255_413270_UFO's_and_Defense_What_Should_we_Prepare_For
Agency: NASA
Page 69
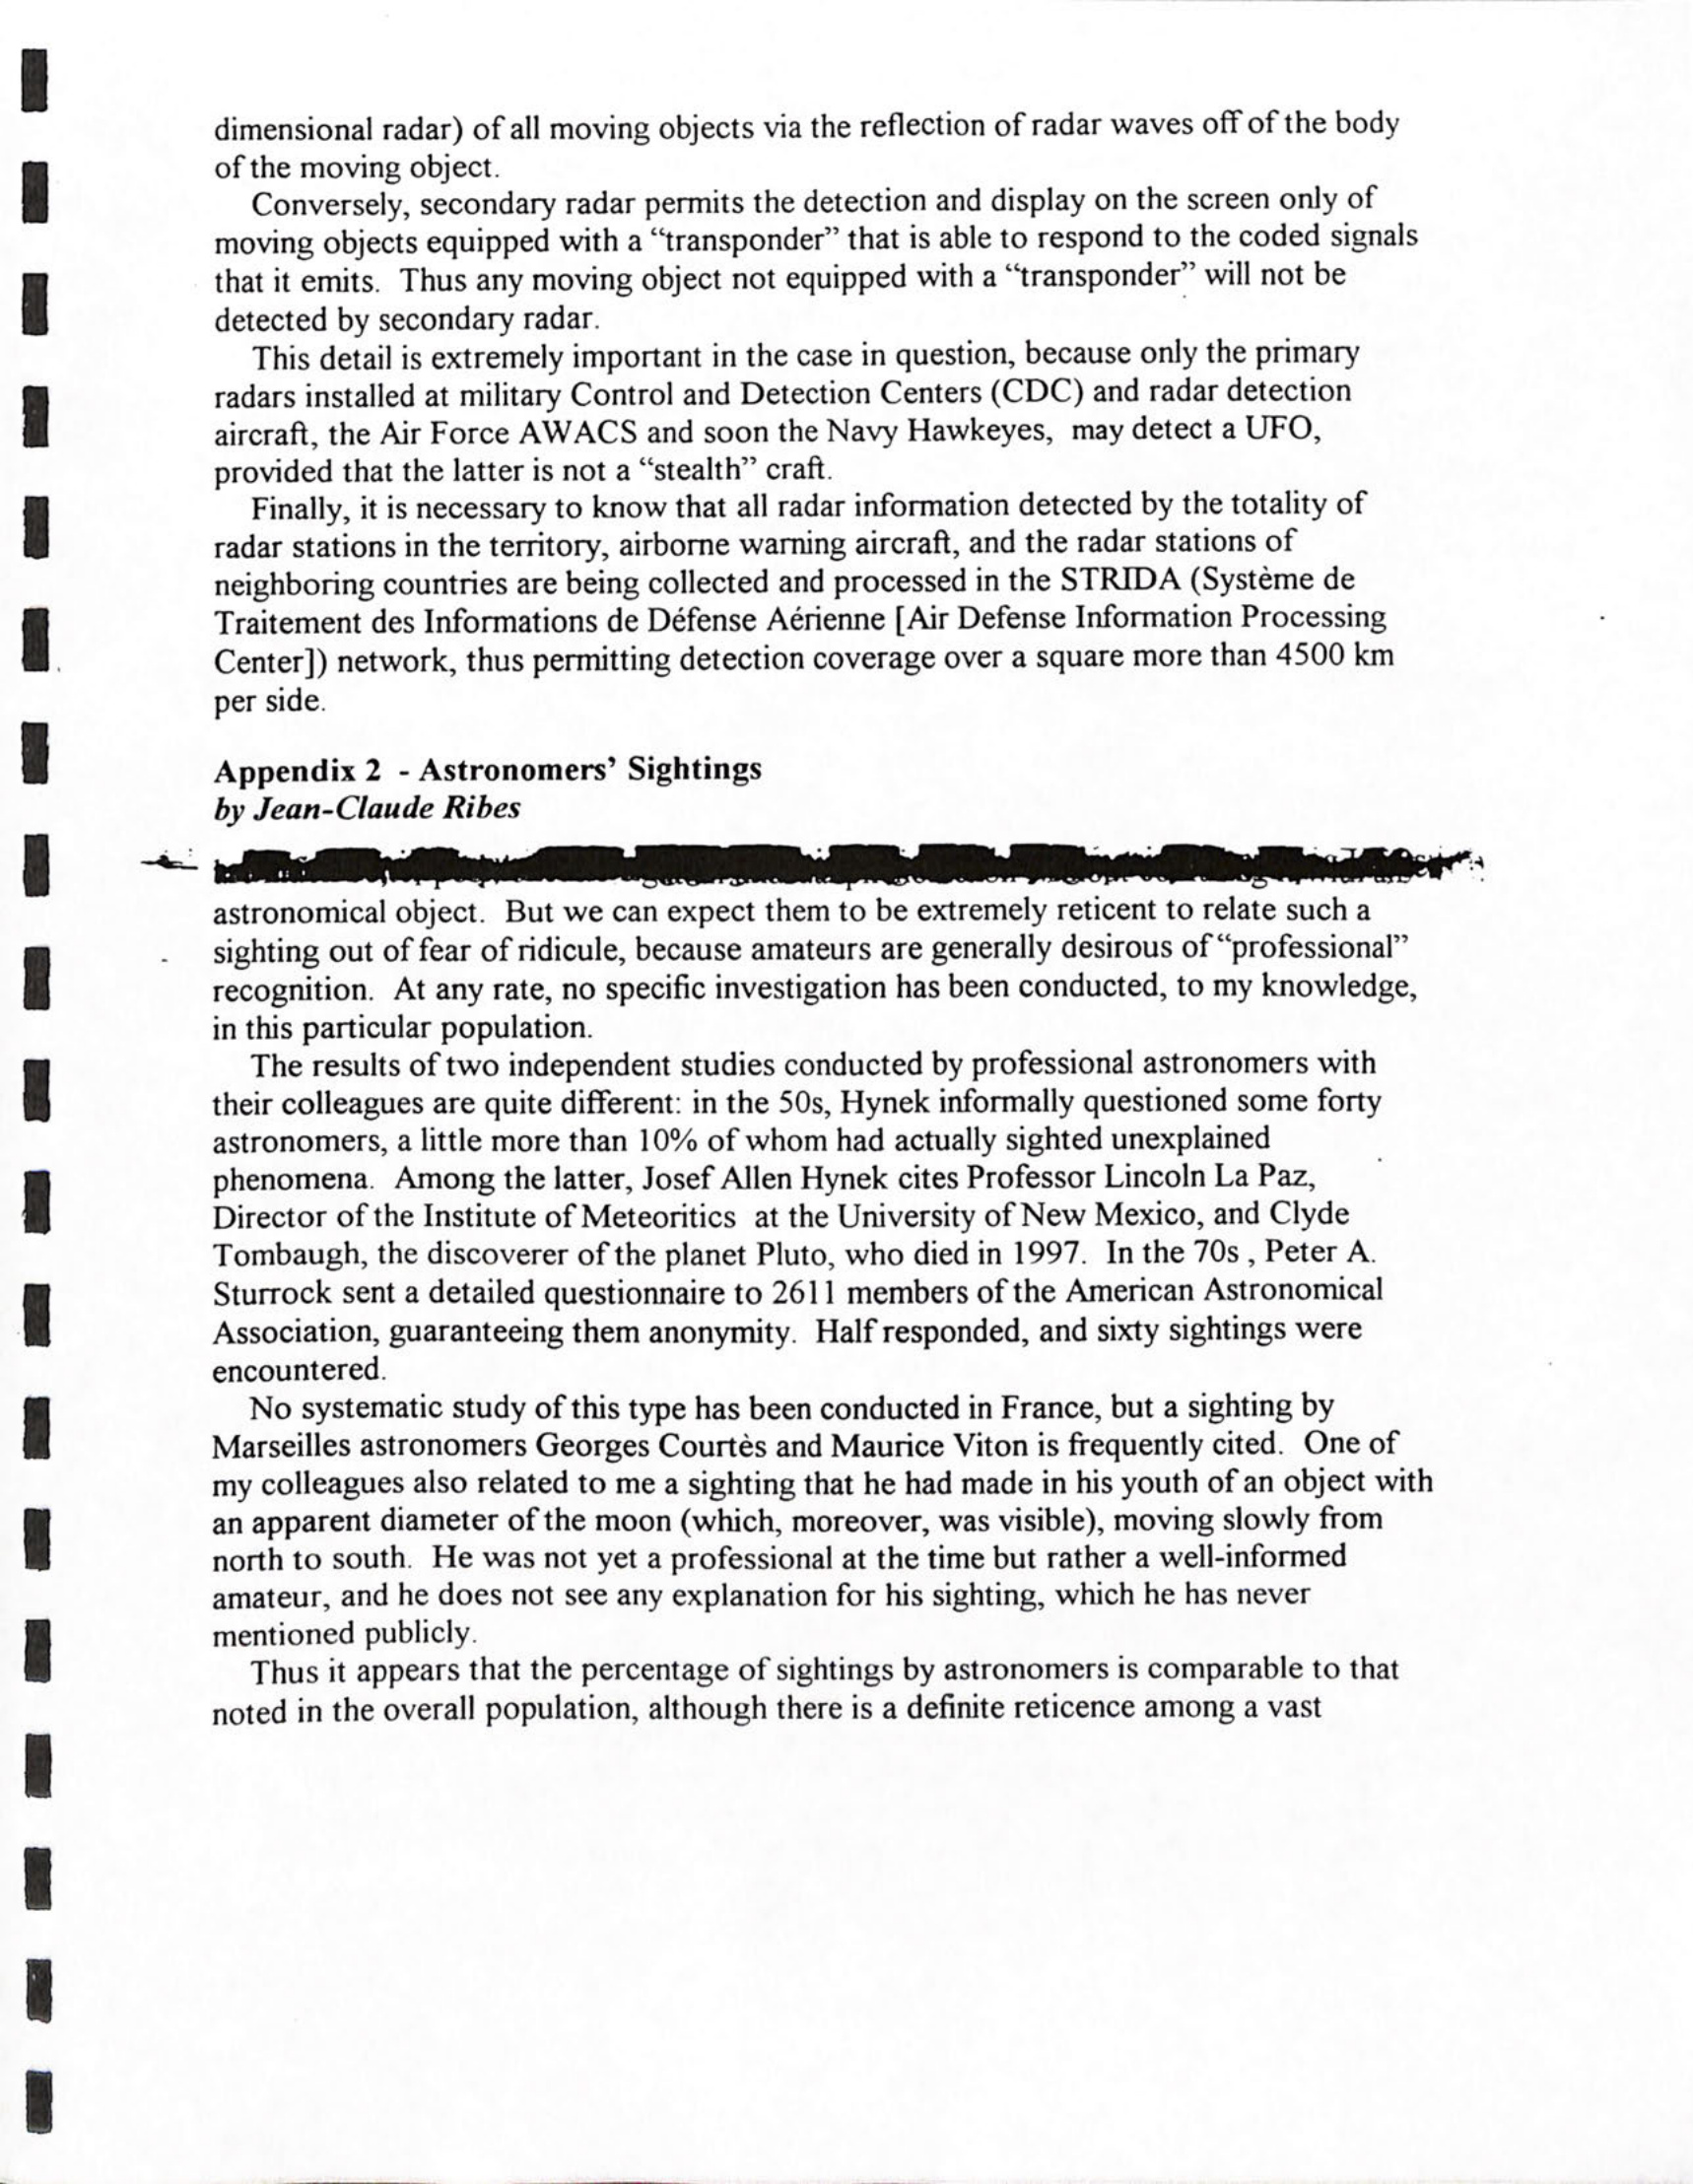